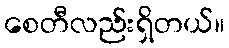
စေတီလည်းရှိတယ်။